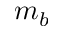
m _ { b }